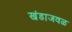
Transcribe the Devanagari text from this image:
खंडाजवळ